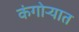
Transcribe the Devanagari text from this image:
कंगोऱ्यात